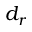
d _ { r }